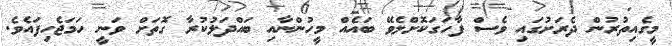
މީގެއިތުރުން ދެރަށުގައި ވެސް ފާހަގަކޮށްލެވޭ ބައެއް މީހުންނާއި ބައްދަލުކުރާ ގޮތަށް ވަނީ ހަމަޖެހިފައެވެ.